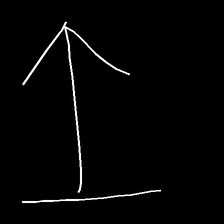
Glyph: levitation